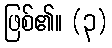
ဖြစ်၏။ (၃)